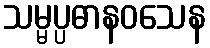
သမ္မပ္ပဓာနဝသေန